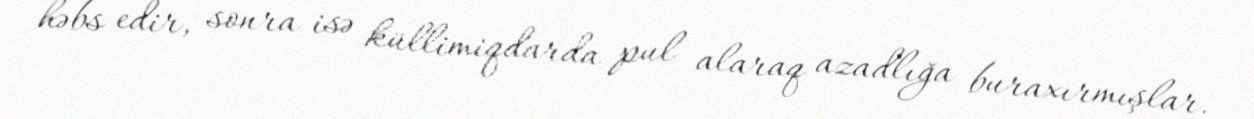
həbs edir, sonra isə küllimiqdarda pul alaraq azadlığa buraxırmışlar.